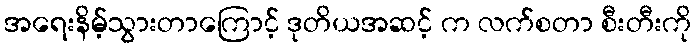
အရေးနိမ့်သွားတာကြောင့် ဒုတိယအဆင့် က လက်စတာ စီးတီးကို